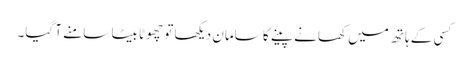
کسی کے ہاتھ میں کھانے پینے کا سامان دیکھا تو چھوٹا بیٹا سامنے آ گیا۔